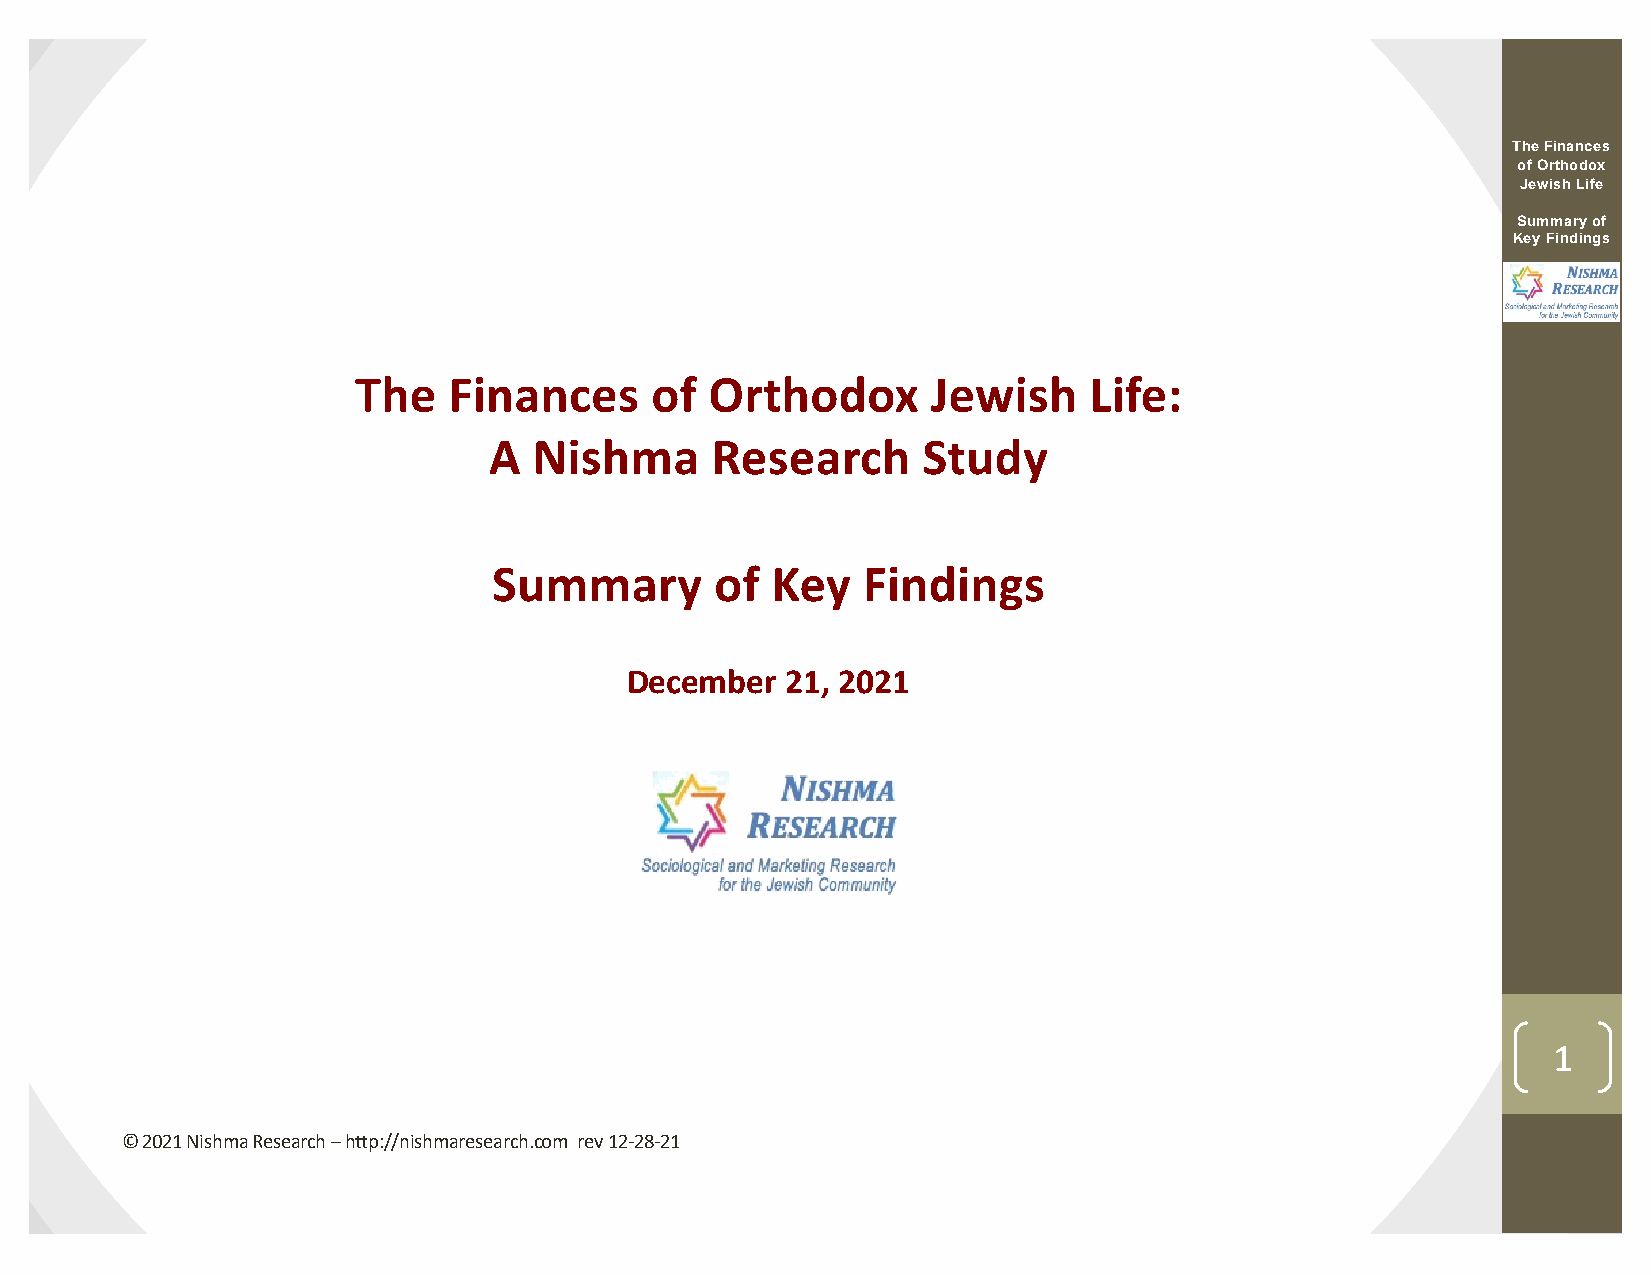
The Finances
 of Orthodox
 Jewish Life
 Summary of
 Key Findings
 The    Finances     of  Orthodox       Jewish    Life:
 A  Nishma      Research      Study
 Summary       of  Key   Findings
 December   21, 2021
 1
 © 2021 Nishma Research –http://nishmaresearch.com rev 12-28-21